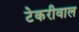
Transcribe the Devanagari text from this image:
टेकरीवाल